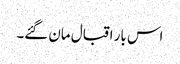
اس بار اقبال مان گئے۔